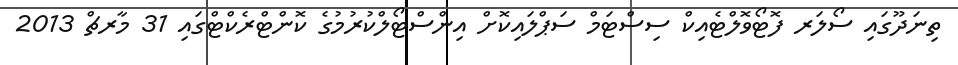
ތިނަދޫގައި ސޯލަރ ފޮޓޯވޮލްޓެއިކް ސިސްޓަމް ސަޕްލައިކޮށް އިންސްޓޯލްކުރުމުގެ ކޮންޓްރެކްޓްގައި 31 މާރޗް 2013